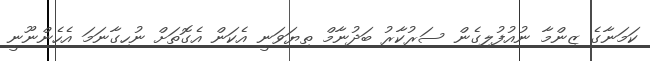
ކަމަނާގެ ޒިންމާ ނުއުފުލިގެން ސަރުކާރު ބަދުނާމް ތިޔަވަނީ އެކަން އެގޮތަށް ނުހިގާނަމަ އެހެންނޫނީ